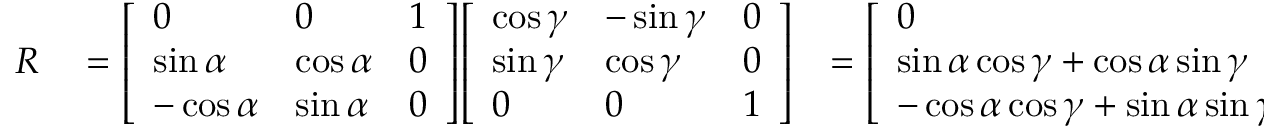
\begin{array} { r l r } { R } & { { } = { \left[ \begin{array} { l l l } { 0 } & { 0 } & { 1 } \\ { \sin \alpha } & { \cos \alpha } & { 0 } \\ { - \cos \alpha } & { \sin \alpha } & { 0 } \end{array} \right] } { \left[ \begin{array} { l l l } { \cos \gamma } & { - \sin \gamma } & { 0 } \\ { \sin \gamma } & { \cos \gamma } & { 0 } \\ { 0 } & { 0 } & { 1 } \end{array} \right] } } & { = { \left[ \begin{array} { l l l } { 0 } & { 0 } & { 1 } \\ { \sin \alpha \cos \gamma + \cos \alpha \sin \gamma } & { - \sin \alpha \sin \gamma + \cos \alpha \cos \gamma } & { 0 } \\ { - \cos \alpha \cos \gamma + \sin \alpha \sin \gamma } & { \cos \alpha \sin \gamma + \sin \alpha \cos \gamma } & { 0 } \end{array} \right] } } \end{array}